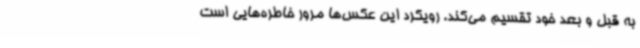
به قبل و بعد خود تقسیم می‌کند. رویکرد این عکس‌ها مرور خاطره‌هایی است